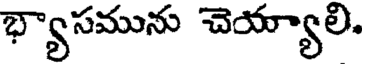
భ్యాసమును చెయ్యాలి.